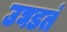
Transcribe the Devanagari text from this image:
उघडतं